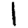
Digit: 1